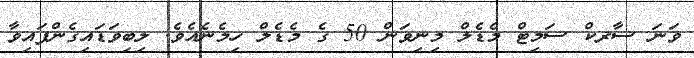
ވަނަ ސާރކް ސަމިޓް މެޑެލް މިނިވަން 50 ގެ މެޑެލް ހިމެނެއެވެ. ލިބިވަޑައިގެންފައިވާ